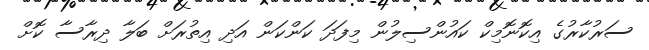
ސަރުކާރުގެ އިކޮނޮމިކް ކައުންސިލުން މިފަދަ ކަންކަން އަދި އިތުރަށް ބަލާ ދިރާސާ ކޮށް